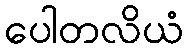
ပေါတလိယံ